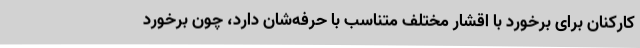
کارکنان برای برخورد با اقشار مختلف متناسب با حرفه‌شان دارد، چون برخورد